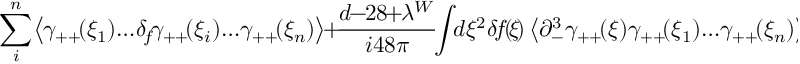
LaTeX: \sum _ { i } ^ { n } \! \left< \gamma _ { + + } \! ( \xi _ { 1 } ) \! \dots \! \delta _ { \! f } \! \gamma _ { + + } \! ( \xi _ { i } ) \! \dots \! \gamma _ { + + } \! ( \xi _ { n } ) \right> \! + \! \frac { d \! \! - \! \! 2 8 \! \! + \! \! \lambda ^ { W } } { i 4 8 \pi } \! \! \int \! \! d \xi ^ { 2 } \! \, \delta \! f \! ( \! \xi \! ) \left< \partial _ { - } ^ { 3 } \gamma _ { + + } \! ( \xi ) \gamma _ { + + } \! ( \xi _ { 1 } ) \! \dots \! \gamma _ { + + } \! ( \xi _ { n } ) \right> \! \! = \! \! 0 .